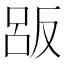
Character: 𠭤